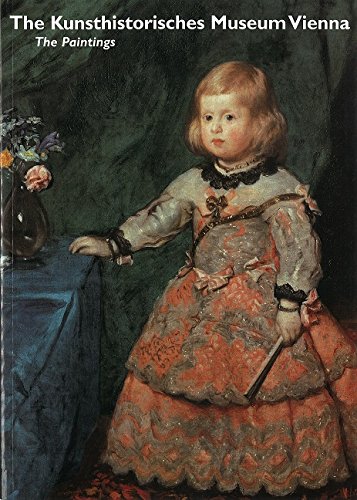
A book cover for Kunsthistorisches Museum Vienna: The Paintings (Museums of the World); Wolfgang Prohaska; Travel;